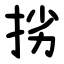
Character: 挘